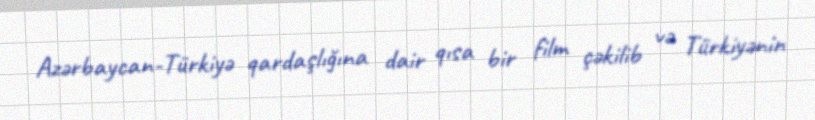
Azərbaycan-Türkiyə qardaşlığına dair qısa bir film çəkilib və Türkiyənin